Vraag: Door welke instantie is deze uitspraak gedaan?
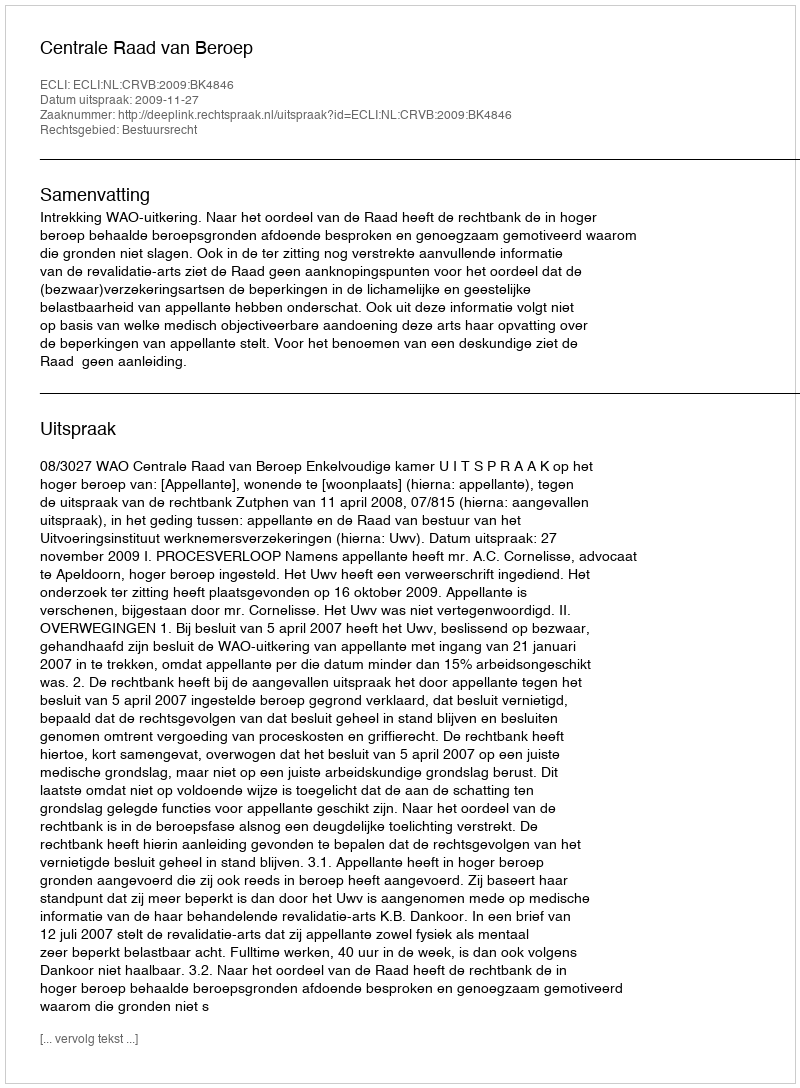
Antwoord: Centrale Raad van Beroep